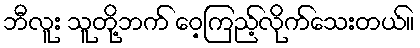
ဘီလူး သူတို့ဘက် ဝေ့ကြည့်လိုက်သေးတယ်။